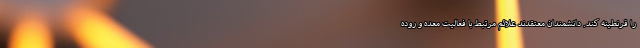
را قرنطینه کند. دانشمندان معتقدند علائم مرتبط با فعالیت معده و روده